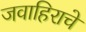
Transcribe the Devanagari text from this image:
जवाहिराचे